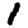
Digit: 1